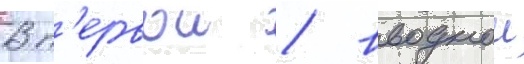
В п'ервои / вводнои